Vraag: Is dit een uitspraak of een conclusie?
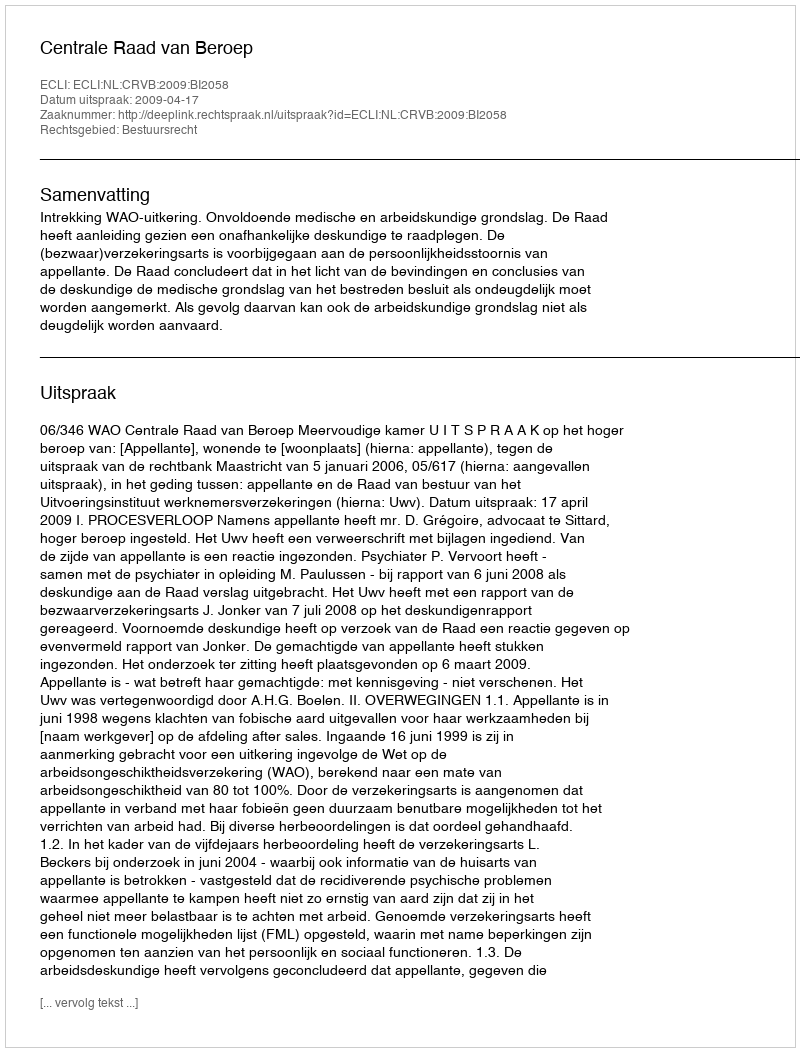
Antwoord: Uitspraak